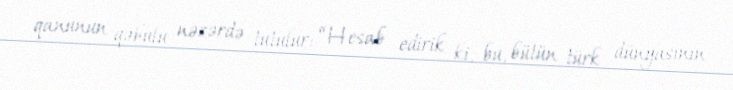
qanunun qəbulu nəzərdə tutulur: “Hesab edirik ki, bu, bütün türk dünyasının